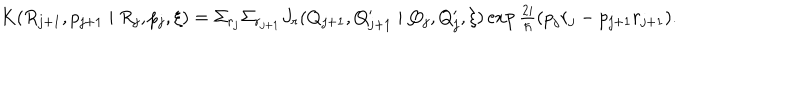
\begin{array} { l } { { K ( R _ { j + 1 } , p _ { j + 1 } \mid R _ { j } , p _ { j } , \xi ) = \Sigma _ { r _ { j } } \Sigma _ { r _ { j + 1 } } J _ { r } ( Q _ { j + 1 } , Q _ { j + 1 } ^ { \prime } \mid Q _ { j } , Q _ { j } ^ { \prime } , \xi ) \exp \frac { 2 i } { \hbar } ( p _ { j } r _ { j } - p _ { j + 1 } r _ { j + 1 } ) . } } \\ \end{array}